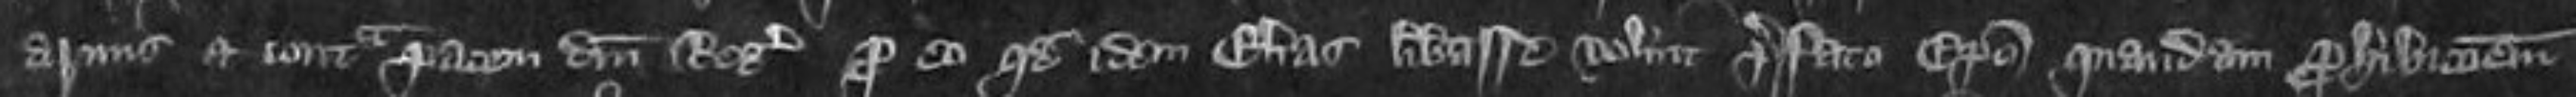
armis et contra pacem domini Regis pro eo quod idem Elias liberasse voluit prefato episcopo quandam prohibitionem